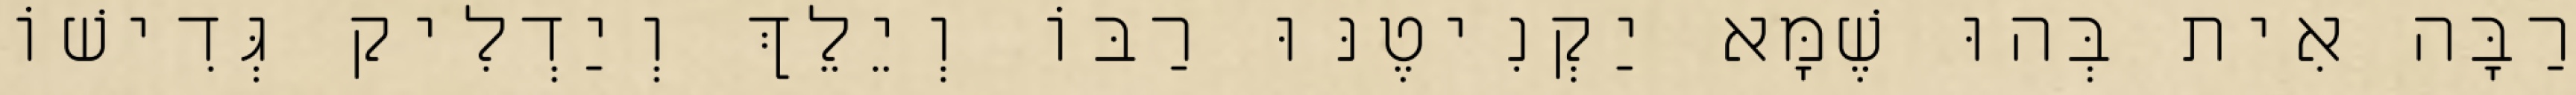
רַבָּה אִית בְּהוּ שֶׁמָּא יַקְנִיטֶנּוּ רַבּוֹ וְיֵלֵךְ וְיַדְלִיק גְּדִישׁוֹ